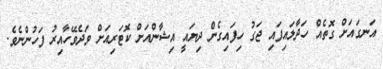
އަނގައަށް ގޮތެއް ހަދާލައިފައި ޖަގު ހިފައިގެން ދިޔައީ އިޝާންއަށް ކޮޓަރިއަށް ވަދެވޭހާއިރު ފަހުންނެވެ.